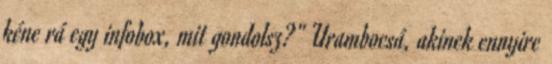
kéne rá egy infobox, mit gondolsz?" Urambocsá, akinek ennyire